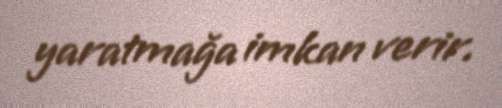
yaratmağa imkan verir.